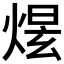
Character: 𤋉